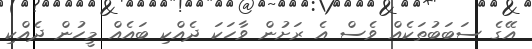
އޭގެ ސަބަބުތަކެއް ވެސް އެ ރަށުން ވާހަކަ ދެއްކި ބައެއް މީހުން ދެއްކި